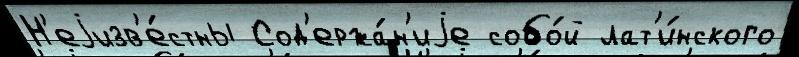
Н'еjизв'е́стны Сод'ержа́н'иjе собо́й лат'и́нского